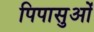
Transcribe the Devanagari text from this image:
पिपासुओं